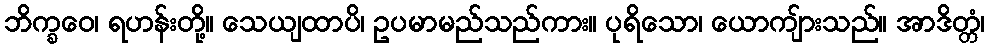
ဘိက္ခဝေ၊ ရဟန်းတို့။ သေယျထာပိ၊ ဥပမာမည်သည်ကား။ ပုရိသော၊ ယောကျ်ားသည်။ အာဒိတ္တံ၊